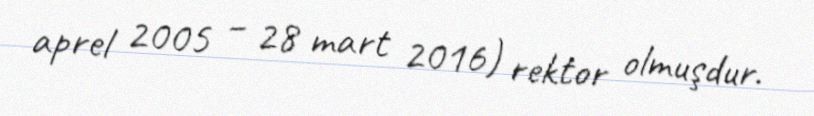
aprel 2005 – 28 mart 2016) rektor olmuşdur.